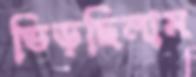
ভিড়ছিলাম